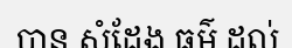
បាន សំដែង ធម៌ ដល់